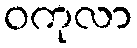
ဝကုလာ